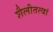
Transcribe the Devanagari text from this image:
शैलीतत्वां